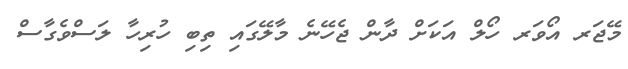
މޭޖަރ އޯވަރ ހޯލް އަކަށް ދާން ޖެހޭނެ މާލޭގައި ތިބި ހުރިހާ ލަސްވެގާސް